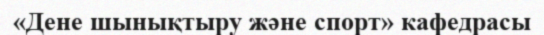
«Дене шынықтыру және спорт» кафедрасы